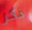
ذكر